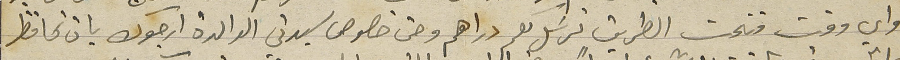
واي وقت فتحت الطريق نرسَل لكم دراهم وحتى خصوص سيدتي الوالدة ارجوك بان تحافظ